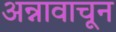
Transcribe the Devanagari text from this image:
अन्नावाचून